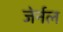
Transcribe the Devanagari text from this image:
जेर्नल